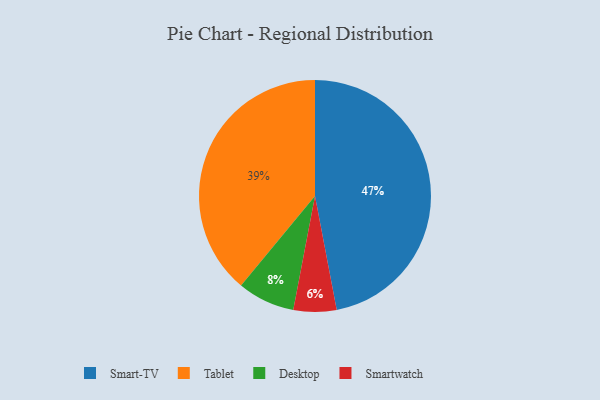
{"axis": {"x": "Category", "y": "Percentage"}, "legend": ["Desktop", "Smart-TV", "Smartwatch", "Tablet"], "data": [{"x": "Desktop", "y": 8, "type": "Desktop"}, {"x": "Smartwatch", "y": 6, "type": "Smartwatch"}, {"x": "Tablet", "y": 39, "type": "Tablet"}, {"x": "Smart-TV", "y": 47, "type": "Smart-TV"}]}